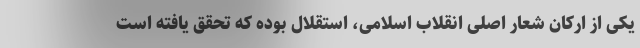
یکی از ارکان شعار اصلی انقلاب اسلامی، استقلال بوده که تحقق یافته است